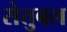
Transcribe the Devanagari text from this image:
सेतुबल